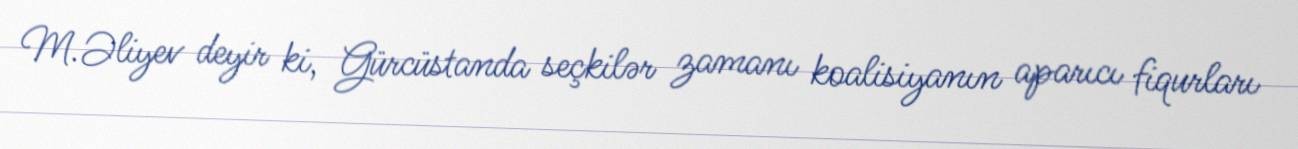
M.Əliyev deyir ki, Gürcüstanda seçkilər zamanı koalisiyanın aparıcı fiqurları